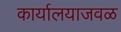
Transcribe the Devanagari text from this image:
कार्यालयाजवळ